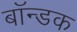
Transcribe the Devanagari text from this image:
बॉन्डक